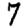
Digit: 7